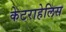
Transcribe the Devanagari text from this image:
केटराहेलिस